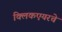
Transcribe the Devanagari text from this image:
क्लिकएयरचे